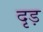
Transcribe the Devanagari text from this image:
दृड़